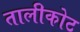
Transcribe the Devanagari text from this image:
तालीकोट